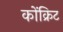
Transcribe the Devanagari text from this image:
कोंक्रिट